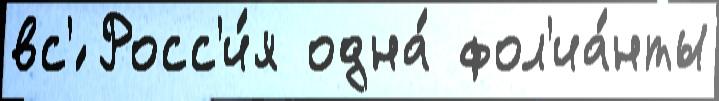
вс'́ Росс'и́я одна́ фол'иа́нты